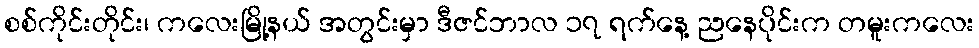
စစ်ကိုင်းတိုင်း၊ ကလေးမြို့နယ် အတွင်းမှာ ဒီဇင်ဘာလ ၁၇ ရက်နေ့ ညနေပိုင်းက တမူးကလေး